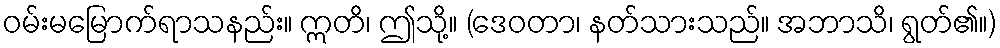
ဝမ်းမမြောက်ရာသနည်း။ ဣတိ၊ ဤသို့။ (ဒေဝတာ၊ နတ်သားသည်။ အဘာသိ၊ ရွတ်၏။)